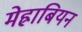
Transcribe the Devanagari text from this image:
मेह्राबियन